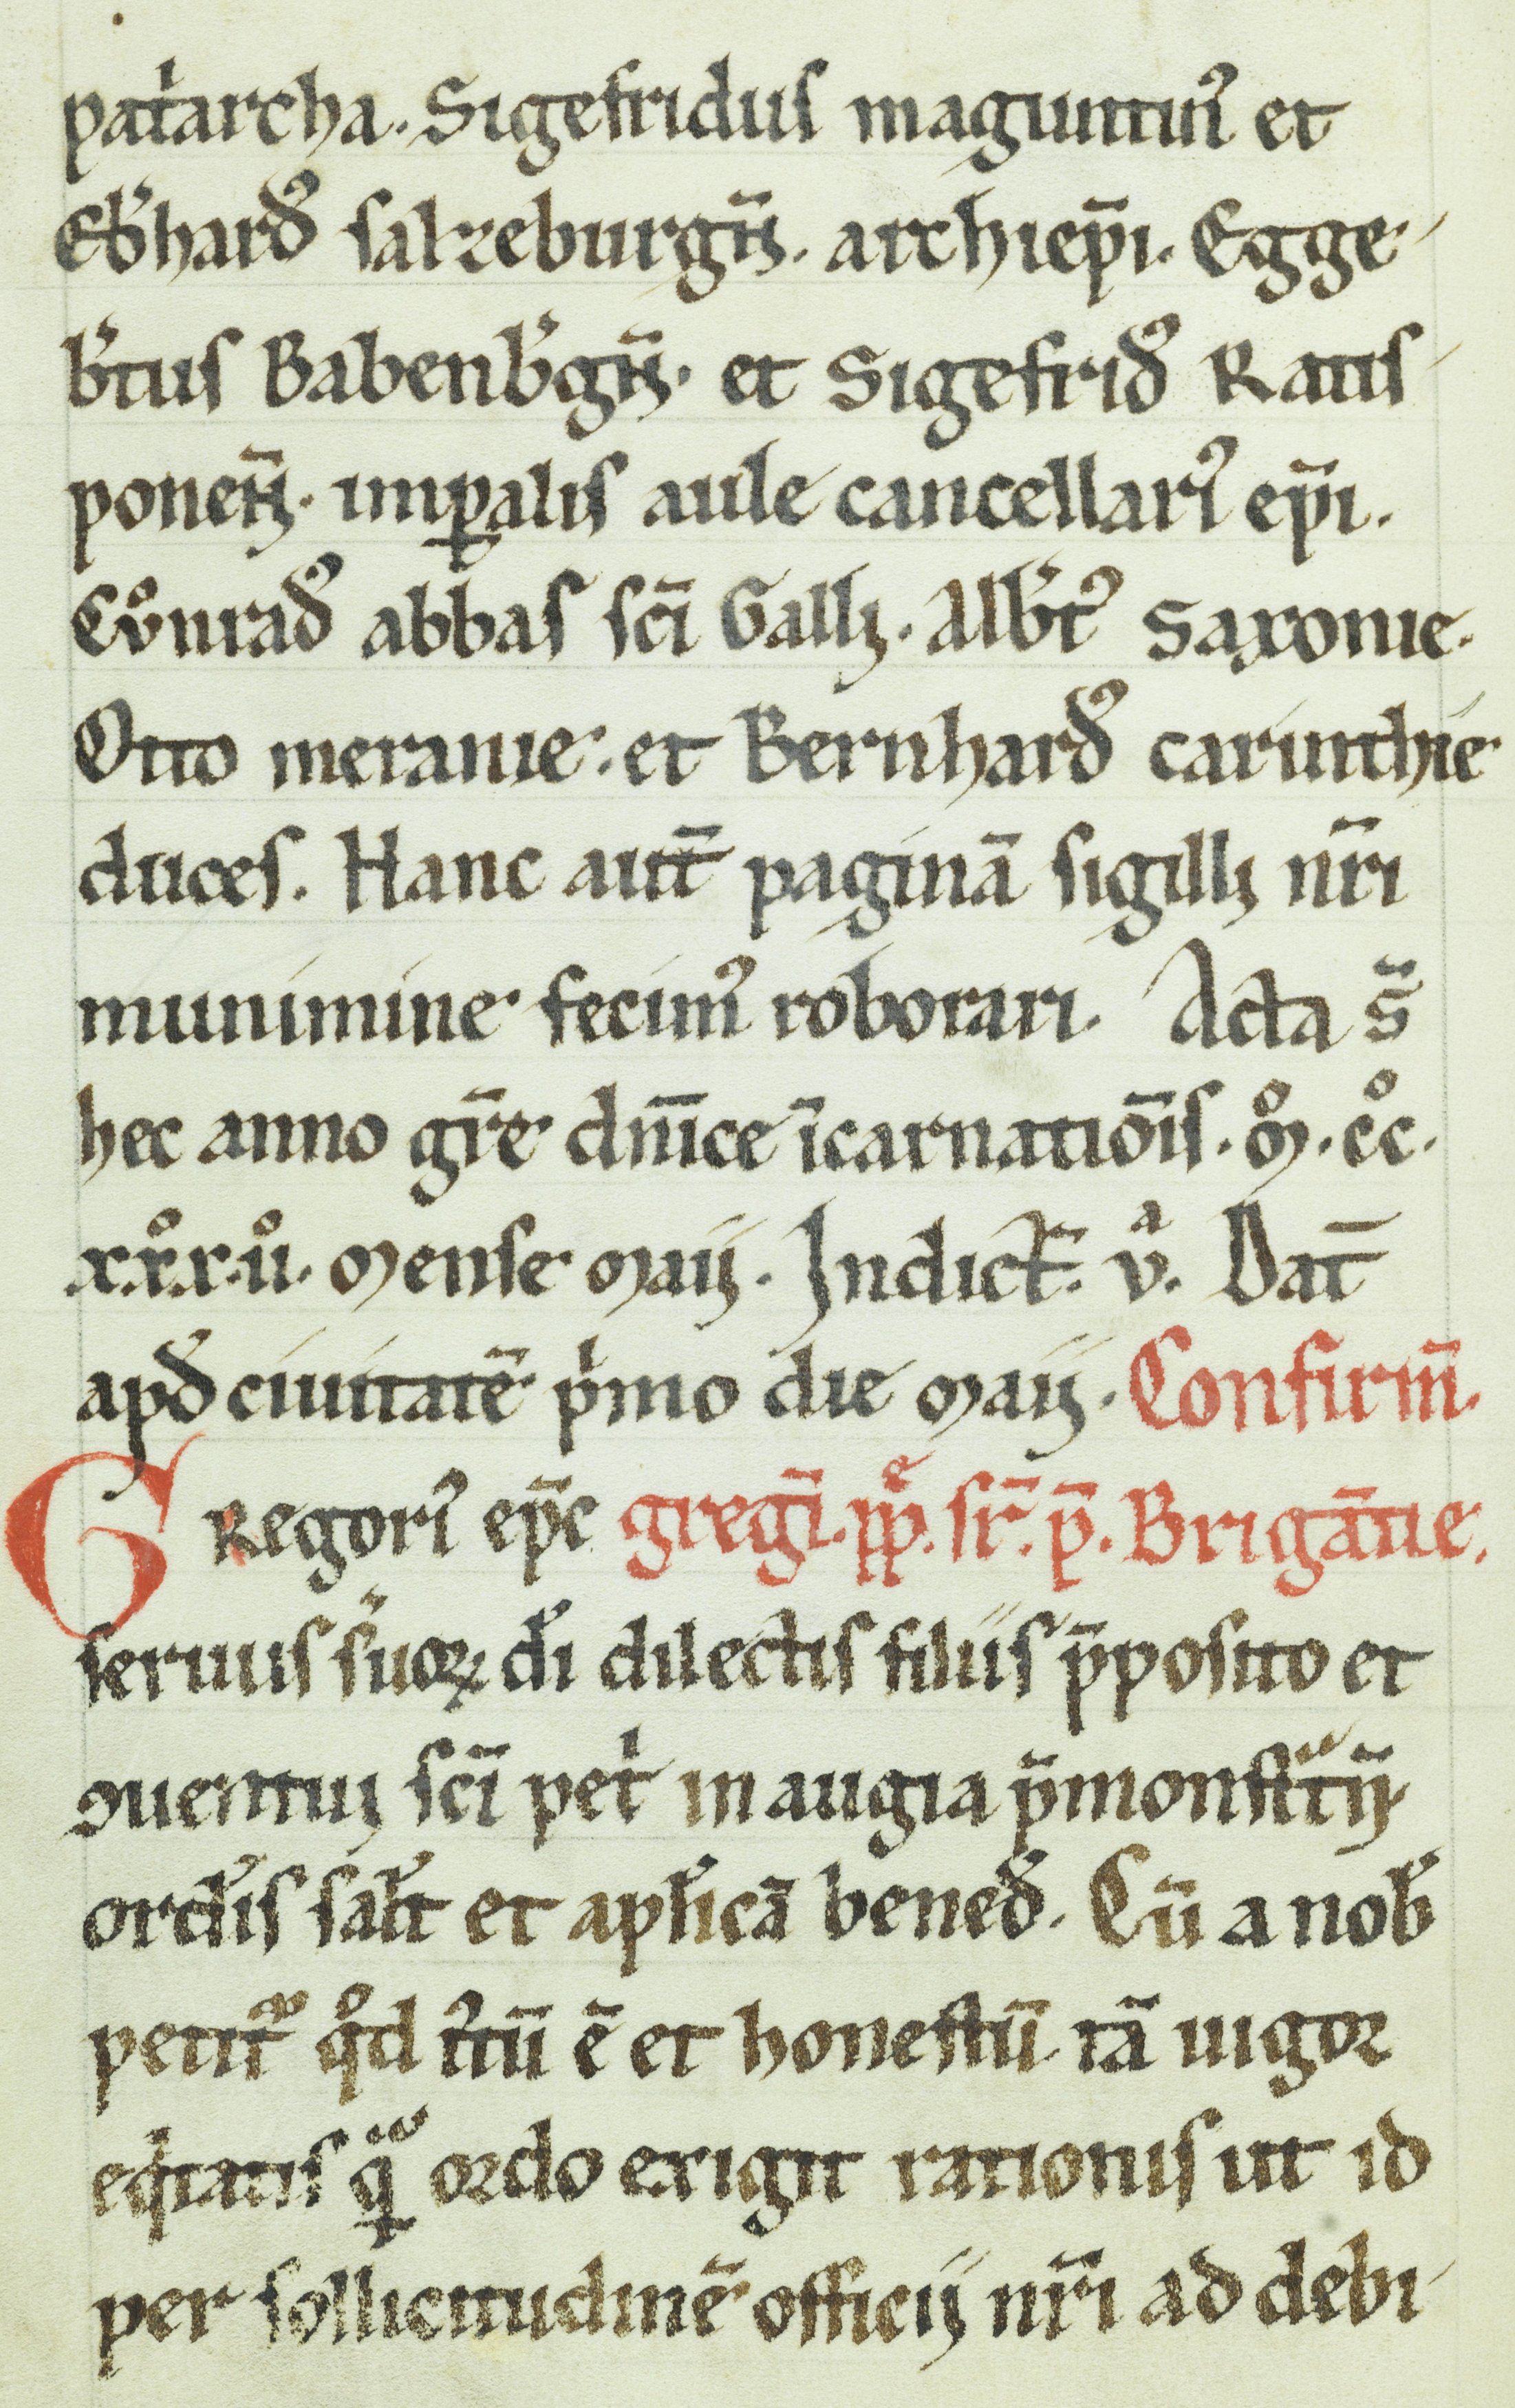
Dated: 1200–1399